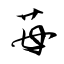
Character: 苺